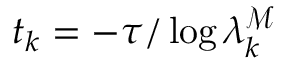
t _ { k } = - \tau / \log \lambda _ { k } ^ { \mathcal { M } }